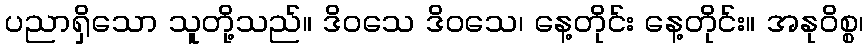
ပညာရှိသော သူတို့သည်။ ဒိဝသေ ဒိဝသေ၊ နေ့တိုင်း နေ့တိုင်း။ အနုဝိစ္စ၊